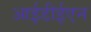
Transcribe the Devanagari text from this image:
आईडीईएन